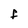
Character: F